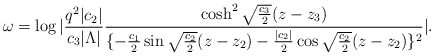
\begin{align*}\omega=\log|{q^2|c_2|\over c_3|\Lambda|}{\cosh^2\sqrt{c_3\over 2}(z-z_3)\over\{-{c_1\over2}\sin\sqrt{c_2\over 2}(z-z_2)-{|c_2|\over2}\cos\sqrt{c_2\over 2}(z-z_2)\}^2}|.\end{align*}